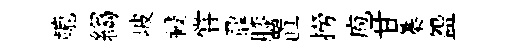
轆縐坡祲甞鼐膝置撈庖甘蓁盌